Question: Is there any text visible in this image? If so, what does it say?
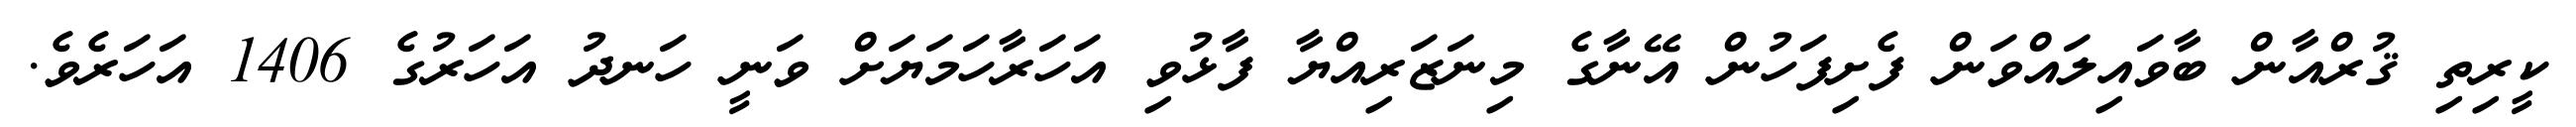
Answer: ކީރިތި ޤުރްއާން ބާވައިލައްވަން ފެށިފަހުން އޭނާގެ މިނަޒަރިއްޔާ ފާޅުވި އަހަރާހަމަޔަށް ވަނީ ހަނދު އަހަރުގެ 1406 އަހަރެވެ.